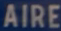
AIRE